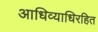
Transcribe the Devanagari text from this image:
आधिव्याधिरहित